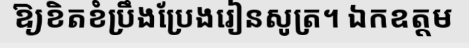
ឱ្យខិតខំប្រឹងប្រែងរៀនសូត្រ។ ឯកឧត្តម